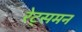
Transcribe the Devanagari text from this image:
रेट्समन